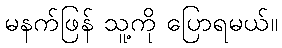
မနက်ဖြန် သူ့ကို ပြောရမယ်။